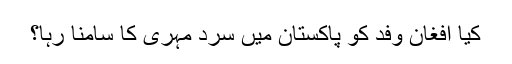
کیا افغان وفد کو پاکستان میں سرد مہری کا سامنا رہا؟